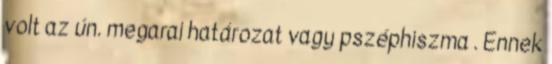
volt az ún. megarai határozat vagy pszéphiszma . Ennek